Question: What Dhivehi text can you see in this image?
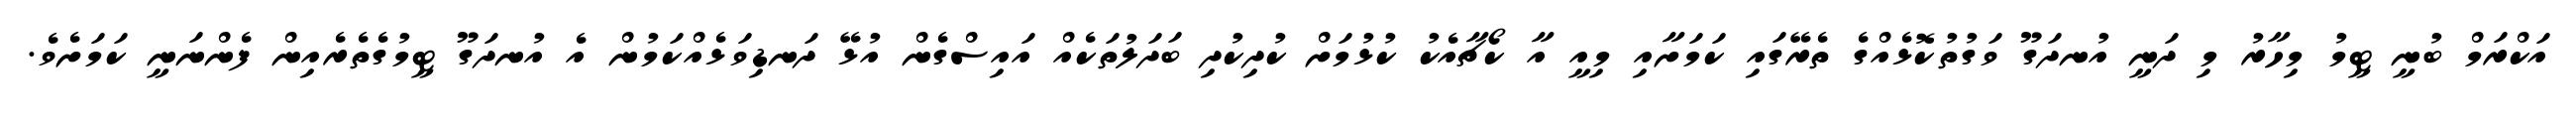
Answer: އަކްރަމް ބުނީ ޓީމު މިހާރު މި ދަނީ އުނދަގޫ ވަގުތުކޮޅެއްގެ ތެރޭގައި ކަމަށާއި މިއީ އާ ކޯޗާއެކު ކުޅުމަށް ކުދިކުދި ބަދަލުތަކެއް އައިސްގެން އުޅޭ ދަނޑިވަޅެއްކަމުން އެ އުނދަގޫ ޓީމުގެތެރެއިން ފެންނަނީ ކަމަށެވެ.